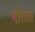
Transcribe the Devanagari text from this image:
गौरता